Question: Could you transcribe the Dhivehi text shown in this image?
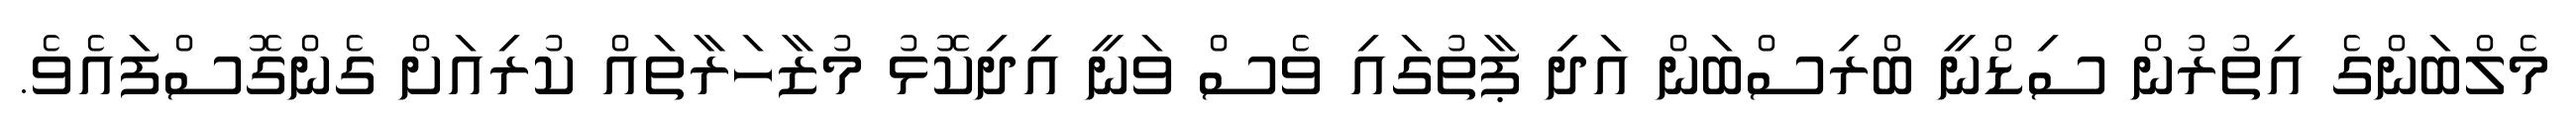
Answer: މެލްބަންގެ އިތުރުން ސިޑްނީ ބްރިސްބަން އަދި ޕާތުގައި ވެސް ވަނީ އިދިކޮޅު މުޒާހަރާތައް ކުރިއަށް ގެންގޮސްފައެވެ.